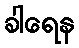
ခါရေန